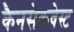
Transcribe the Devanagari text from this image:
कैनसेकवेस्ट